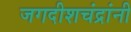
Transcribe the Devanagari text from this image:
जगदीशचंद्रांनी